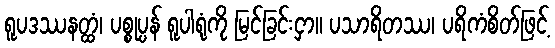
ရူပဒဿနတ္ထံ၊ ပစ္စုပ္ပန် ရူပါရုံကို မြင်ခြင်းငှာ။ ပသာရိတဿ၊ ပရိကံစိတ်ဖြင့်